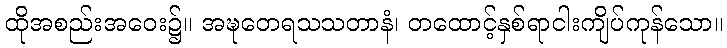
ထိုအစည်းအဝေး၌။ အဍ္ဎတေရသသတာနံ၊ တထောင့်နှစ်ရာငါးကျိပ်ကုန်သော။